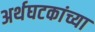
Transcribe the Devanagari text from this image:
अर्थघटकांच्या